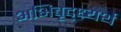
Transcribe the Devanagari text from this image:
अभिवृद्ध्यर्थ